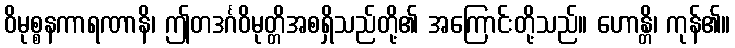
ဝိမုစ္စနကာရဏာနိ၊ ဤတဒင်္ဂဝိမုတ္တိအစရှိသည်တို့၏ အကြောင်းတို့သည်။ ဟောန္တိ၊ ကုန်၏။